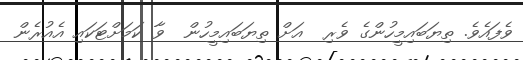
ވެފައެވެ. ތިޔަބައިމީހުންގެ ވެރި  އަށް ތިޔަބައިމީހުން  ވާ ކަމަށްޓަކައި އެއުރެން